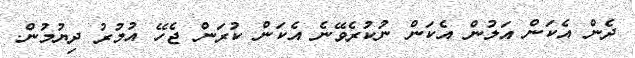
ދެން އެކަން އަލުން އެކަން ނުކުރެވޭނެ އެކަން ކުރަން ޖެހޭ އުމުރު ދިޔުމުން.